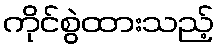
ကိုင်စွဲထားသည့်